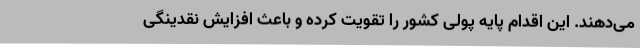
می‌دهند. این اقدام پایه پولی کشور را تقویت کرده و باعث افزایش نقدینگی